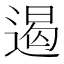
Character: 遏